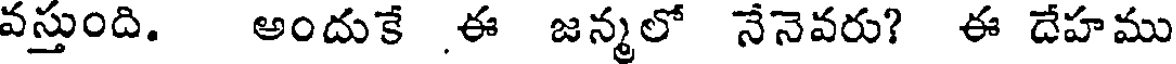
వస్తుంది. అందుకే ఈ జన్మలో నేనెవరు? ఈ దేహము